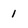
Character: 1